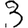
Digit: 3